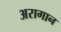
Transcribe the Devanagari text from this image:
अरागान